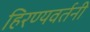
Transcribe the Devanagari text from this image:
हिरण्यवर्तनी